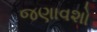
જણાવશો